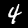
Label: 4